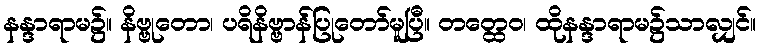
နန္ဒာရာမ၌။ နိဗ္ဗုတော၊ ပရိနိဗ္ဗာန်ပြုတော်မူပြီ။ တတ္ထေဝ၊ ထိုနန္ဒာရာမ၌သာလျှင်။